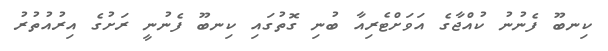
ކިނބޫ ފެނުނު ކުއްޖާގެ އަވަށްޓެރިއާ ބުނި ގޮތުގައި ކިނބޫ ފެނުނީ ރަށުގެ އިރުއުތުރު